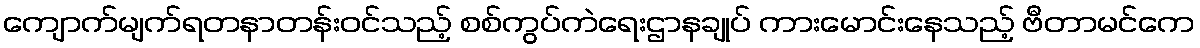
ကျောက်မျက်ရတနာတန်းဝင်သည့် စစ်ကွပ်ကဲရေးဌာနချုပ် ကားမောင်းနေသည့် ဗီတာမင်ကေ